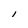
Character: l